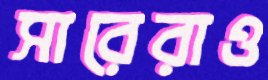
সারেরাও